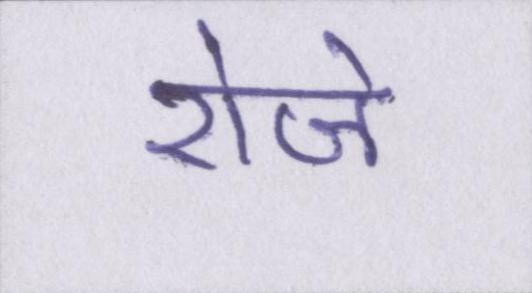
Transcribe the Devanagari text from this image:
रोजे